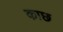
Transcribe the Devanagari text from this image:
काछ